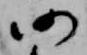
仍